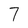
Character: 7